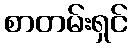
စာတမ်းရှင်